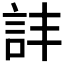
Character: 𧥹